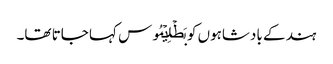
ہند کے بادشاہوں کو بَطۡلِیۡمُوس کہا جاتا تھا۔